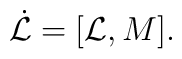
\dot{{\cal L}}=[{\cal L},M].